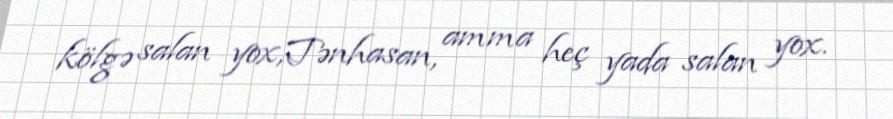
kölgə salan yox,Tənhasan, amma heç yada salan yox.